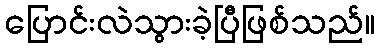
ပြောင်းလဲသွားခဲ့ပြီဖြစ်သည်။